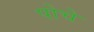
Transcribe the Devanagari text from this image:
पोचे